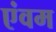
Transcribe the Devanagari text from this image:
एंवम